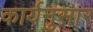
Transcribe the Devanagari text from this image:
कार्यनुसार